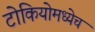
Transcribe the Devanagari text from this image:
टोकियोमध्येच